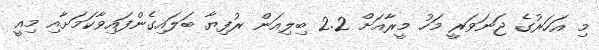
މި އަހަރުގެ ޖަނަވަރީ މަހު މީރާއަށް 2.2 ބިލިއަން ރުފިޔާ ބަލައިގެންފައިވާކަމަށާއި މިއީ